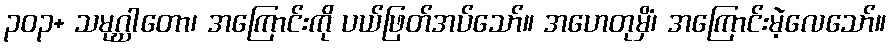
၃၀၃+ သမုဂ္ဃာတော၊ အကြောင်းကို ပယ်ဖြတ်အပ်သော်။ အဟေတုမှိံ၊ အကြောင်းမဲ့လေသော်။